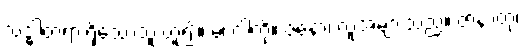
သဒ္ဓါတရားရှိသောသူ ဟူ၍။ မံ၊ ငါ့ကို။ ဇနော၊ လူအများသည်။ ဇာနာတု၊